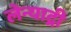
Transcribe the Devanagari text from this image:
लेन्याद्री